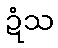
ဍံသ